Source: Handwritten
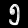
Digit: ၅ (5)